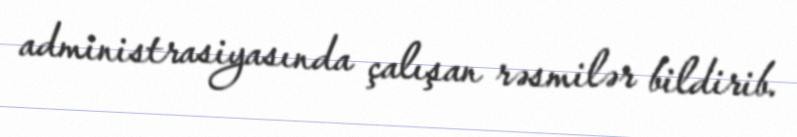
administrasiyasında çalışan rəsmilər bildirib.